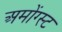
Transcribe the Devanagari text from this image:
अमोंग्स्ट